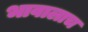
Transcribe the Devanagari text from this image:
भावालाच